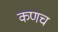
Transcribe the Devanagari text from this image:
कणच